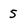
Character: 5